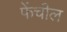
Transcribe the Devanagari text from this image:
फेंचील